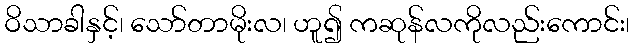
ဝိသာခါနှင့်၊ သော်တာမိုးလ၊ ဟူ၍ ကဆုန်လကိုလည်းကောင်း၊